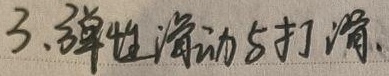
3.弹性滑动与打滑.